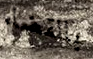
بالقضاء